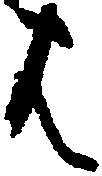
は